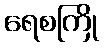
ရေစကြို